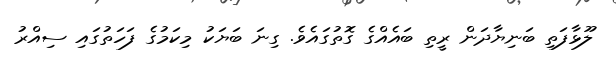
ލޫޅާފަތި ބަނިޔާދަން ރީތި ބައެއްގެ ގޮތުގައެވެ. ގިނަ ބަޔަކު މިކަމުގެ ފަހަތުގައި ސިއްރު